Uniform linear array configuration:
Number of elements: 64
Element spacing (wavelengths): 1
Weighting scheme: kaiser
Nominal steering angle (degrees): -60
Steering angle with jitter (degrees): -59.952
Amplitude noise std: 0.05
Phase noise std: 0.05

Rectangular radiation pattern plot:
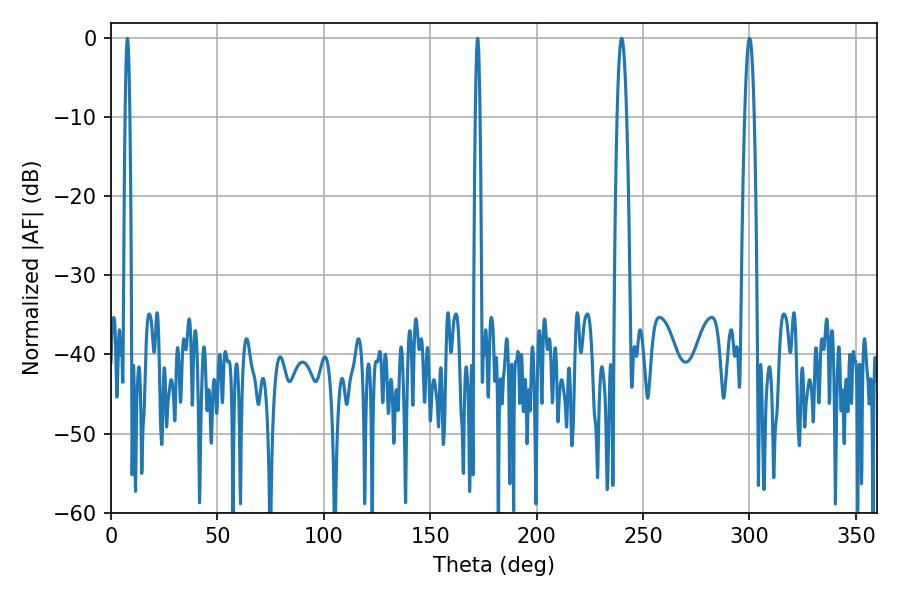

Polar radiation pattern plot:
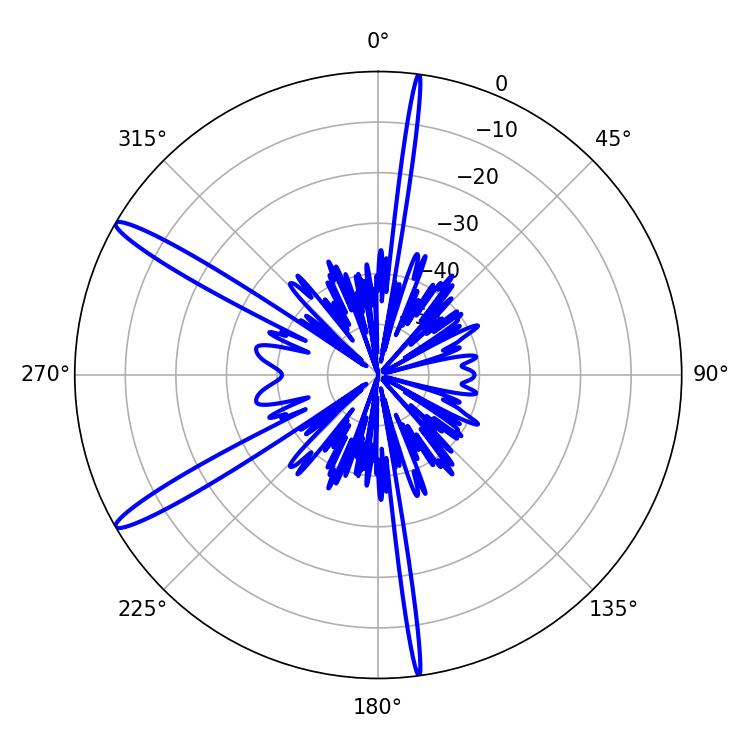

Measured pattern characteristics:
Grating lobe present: TRUE
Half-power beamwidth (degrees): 2.34
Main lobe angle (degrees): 239.94